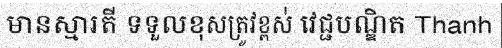
មានស្មារតី ទទួលខុសត្រូវខ្ពស់ វេជ្ជបណ្ឌិត Thanh